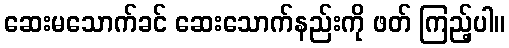
ဆေးမသောက်ခင် ဆေးသောက်နည်းကို ဖတ် ကြည့်ပါ။